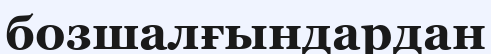
бозшалғындардан